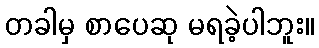
တခါမှ စာပေဆု မရခဲ့ပါဘူး။